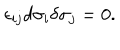
\epsilon _ { i j } d \sigma _ { i } \delta \sigma _ { j } = 0 .